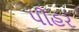
પીહર